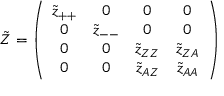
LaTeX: \tilde { Z } = \left( \begin{array} { c c c c } { { \tilde { z } _ { + + } } } & { { 0 } } & { { 0 } } & { { 0 } } \\ { { 0 } } & { { \tilde { z } _ { -- } } } & { { 0 } } & { { 0 } } \\ { { 0 } } & { { 0 } } & { { \tilde { z } _ { Z Z } } } & { { \tilde { z } _ { Z A } } } \\ { { 0 } } & { { 0 } } & { { \tilde { z } _ { A Z } } } & { { \tilde { z } _ { A A } } } \end{array} \right)